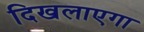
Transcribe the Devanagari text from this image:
दिखलाएगा